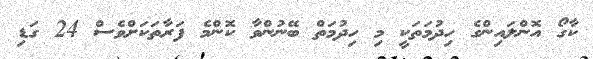
ކާގޯ އޮންލައިންގެ ހިދުމަތަކީ މި ހިދުމަތް ބޭނުންވާ ކޮންމެ ފަރާތަކަށްވެސް 24 ގަޑި